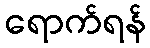
ရောက်ရန်